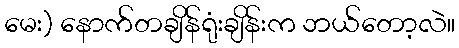
မေး) နောက်တချိန်ရုံးချိန်းက ဘယ်တော့လဲ။